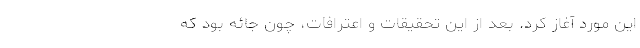
این مورد آغاز کرد. بعد از این تحقیقات و اعترافات، چون جائه بود که